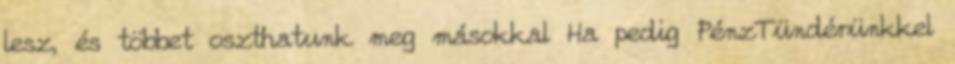
lesz, és többet oszthatunk meg másokkal Ha pedig PénzTündérünkkel